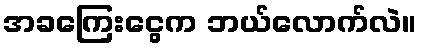
အခကြေးငွေက ဘယ်လောက်လဲ။